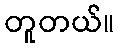
တူတယ်။